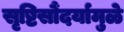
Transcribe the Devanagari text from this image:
सृष्टिसौंदर्यामुळे